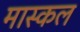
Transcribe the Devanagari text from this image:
मास्कल